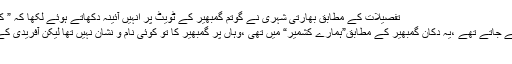
تفصیلات کے مطابق بھارتی شہری نے گوتم گمبھیر کے ٹویٹ پر انہیں آئینہ دکھاتے ہوئے لکھا کہ ” کچھ سال قبل میں ایک دکان پر گیا
جہاں کھلاڑیوں کے پوسٹرز بیچے جاتے تھے ،یہ دکان گمبھیر کے مطابق”ہمارے کشمیر“ میں تھی ،وہاں پر گمبھیر کا تو کوئی نام و نشان نہیں تھا لیکن آفریدی کے بے تحاشہ پوسٹرز موجود تھے
“۔